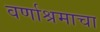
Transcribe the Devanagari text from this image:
वर्णाश्रमाचा